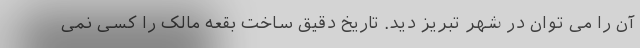
آن را می توان در شهر تبریز دید. تاریخ دقیق ساخت بقعه مالک را کسی نمی